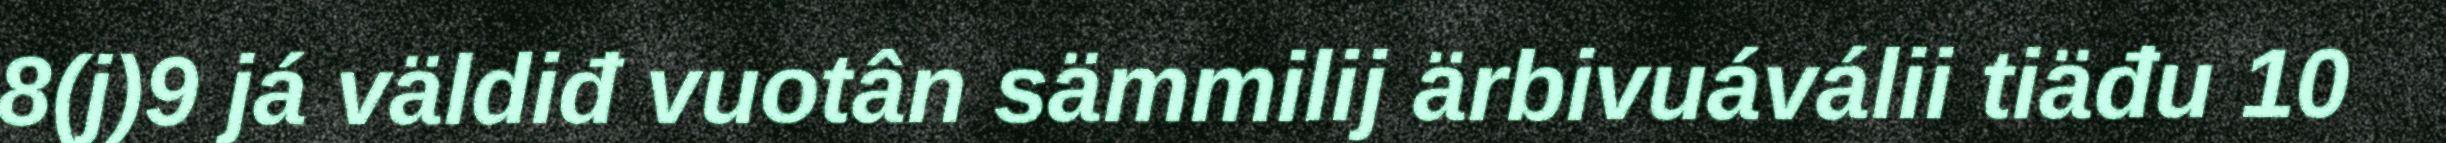
8(j)9 já väldiđ vuotân sämmilij ärbivuáválii tiäđu 10